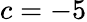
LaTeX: c=-5